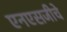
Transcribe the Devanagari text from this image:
एनएसजीचे